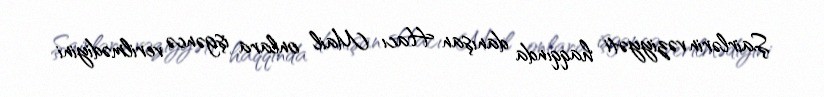
Şairlərin vəziyyəti haqqında danışan Hacı Mail onlara işgəncə verilmədiyini